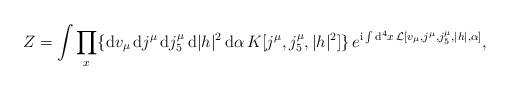
LaTeX: \begin{align*}Z = \int \prod_x \{ {\rm d}v_{\mu} \, {\rm d}j^{\mu} \, {\rm d}j^{\mu}_5 \, {\rm d}|h|^2 \, {\rm d}\alpha \, K[j^{\mu},j^{\mu}_5,|h|^2] \} \, e^{{\rm i} \int {\rm d}^4 x \, {\cal L}[v_{\mu},j^{\mu},j^{\mu}_5,|h|,\alpha]},\end{align*}